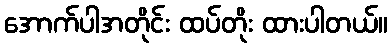
အောက်ပါအတိုင်း ထပ်တိုး ထားပါတယ်။